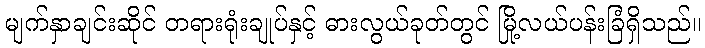
မျက်နှာချင်းဆိုင် တရားရုံးချုပ်နှင့် ဓားလွယ်ခုတ်တွင် မြို့လယ်ပန်းခြံရှိသည်။